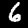
Label: 6